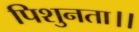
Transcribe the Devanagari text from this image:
पिशुनता।।